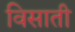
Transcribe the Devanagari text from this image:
विसाती